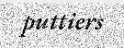
puttiers